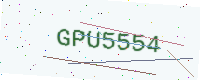
Text: GPU5554